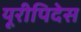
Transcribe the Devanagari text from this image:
यूरीपिदेस